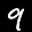
Label: 9